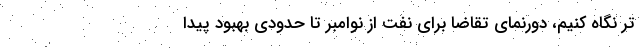
تر نگاه کنیم، دورنمای تقاضا برای نفت از نوامبر تا حدودی بهبود پیدا